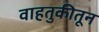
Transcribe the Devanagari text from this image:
वाहतुकीतून